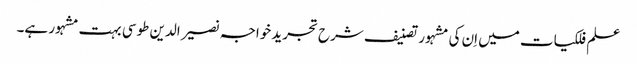
علم فلکیات میں اِن کی مشہور تصنیف شرح تجرید خواجہ نصیر الدین طوسی بہت مشہور ہے۔